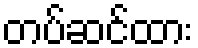
တပ်ဆင်ထား